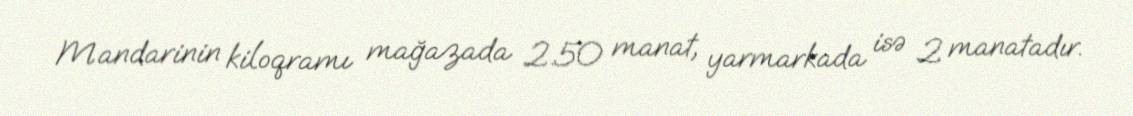
Mandarinin kiloqramı mağazada 2.50 manat, yarmarkada isə 2 manatadır.